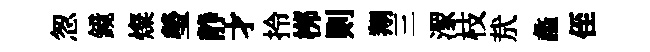
怱鏡燦瑩静才拎桞则翔三潈枝㢤蠡侄